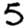
Digit: 5